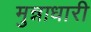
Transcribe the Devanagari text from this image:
मुन्नाधारी